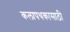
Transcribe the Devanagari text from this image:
कलापथकासाठी